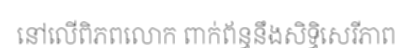
នៅលើពិភពលោក ពាក់ព័ន្ធនឹងសិទ្ធិសេរីភាព